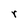
Character: r